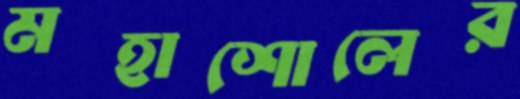
মহাশোলের